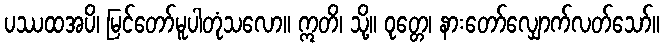
ပဿထအပိ၊ မြင်တော်မူပါတုံသလော။ ဣတိ၊ သို့။ ဝုတ္တေ၊ နားတော်လျှောက်လတ်သော်။